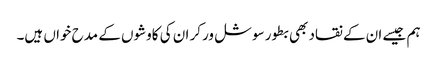
ہم جیسے ان کے نقاد بھی بطور سوشل ورکر ان کی کاوشوں کے مدح خواں ہیں۔